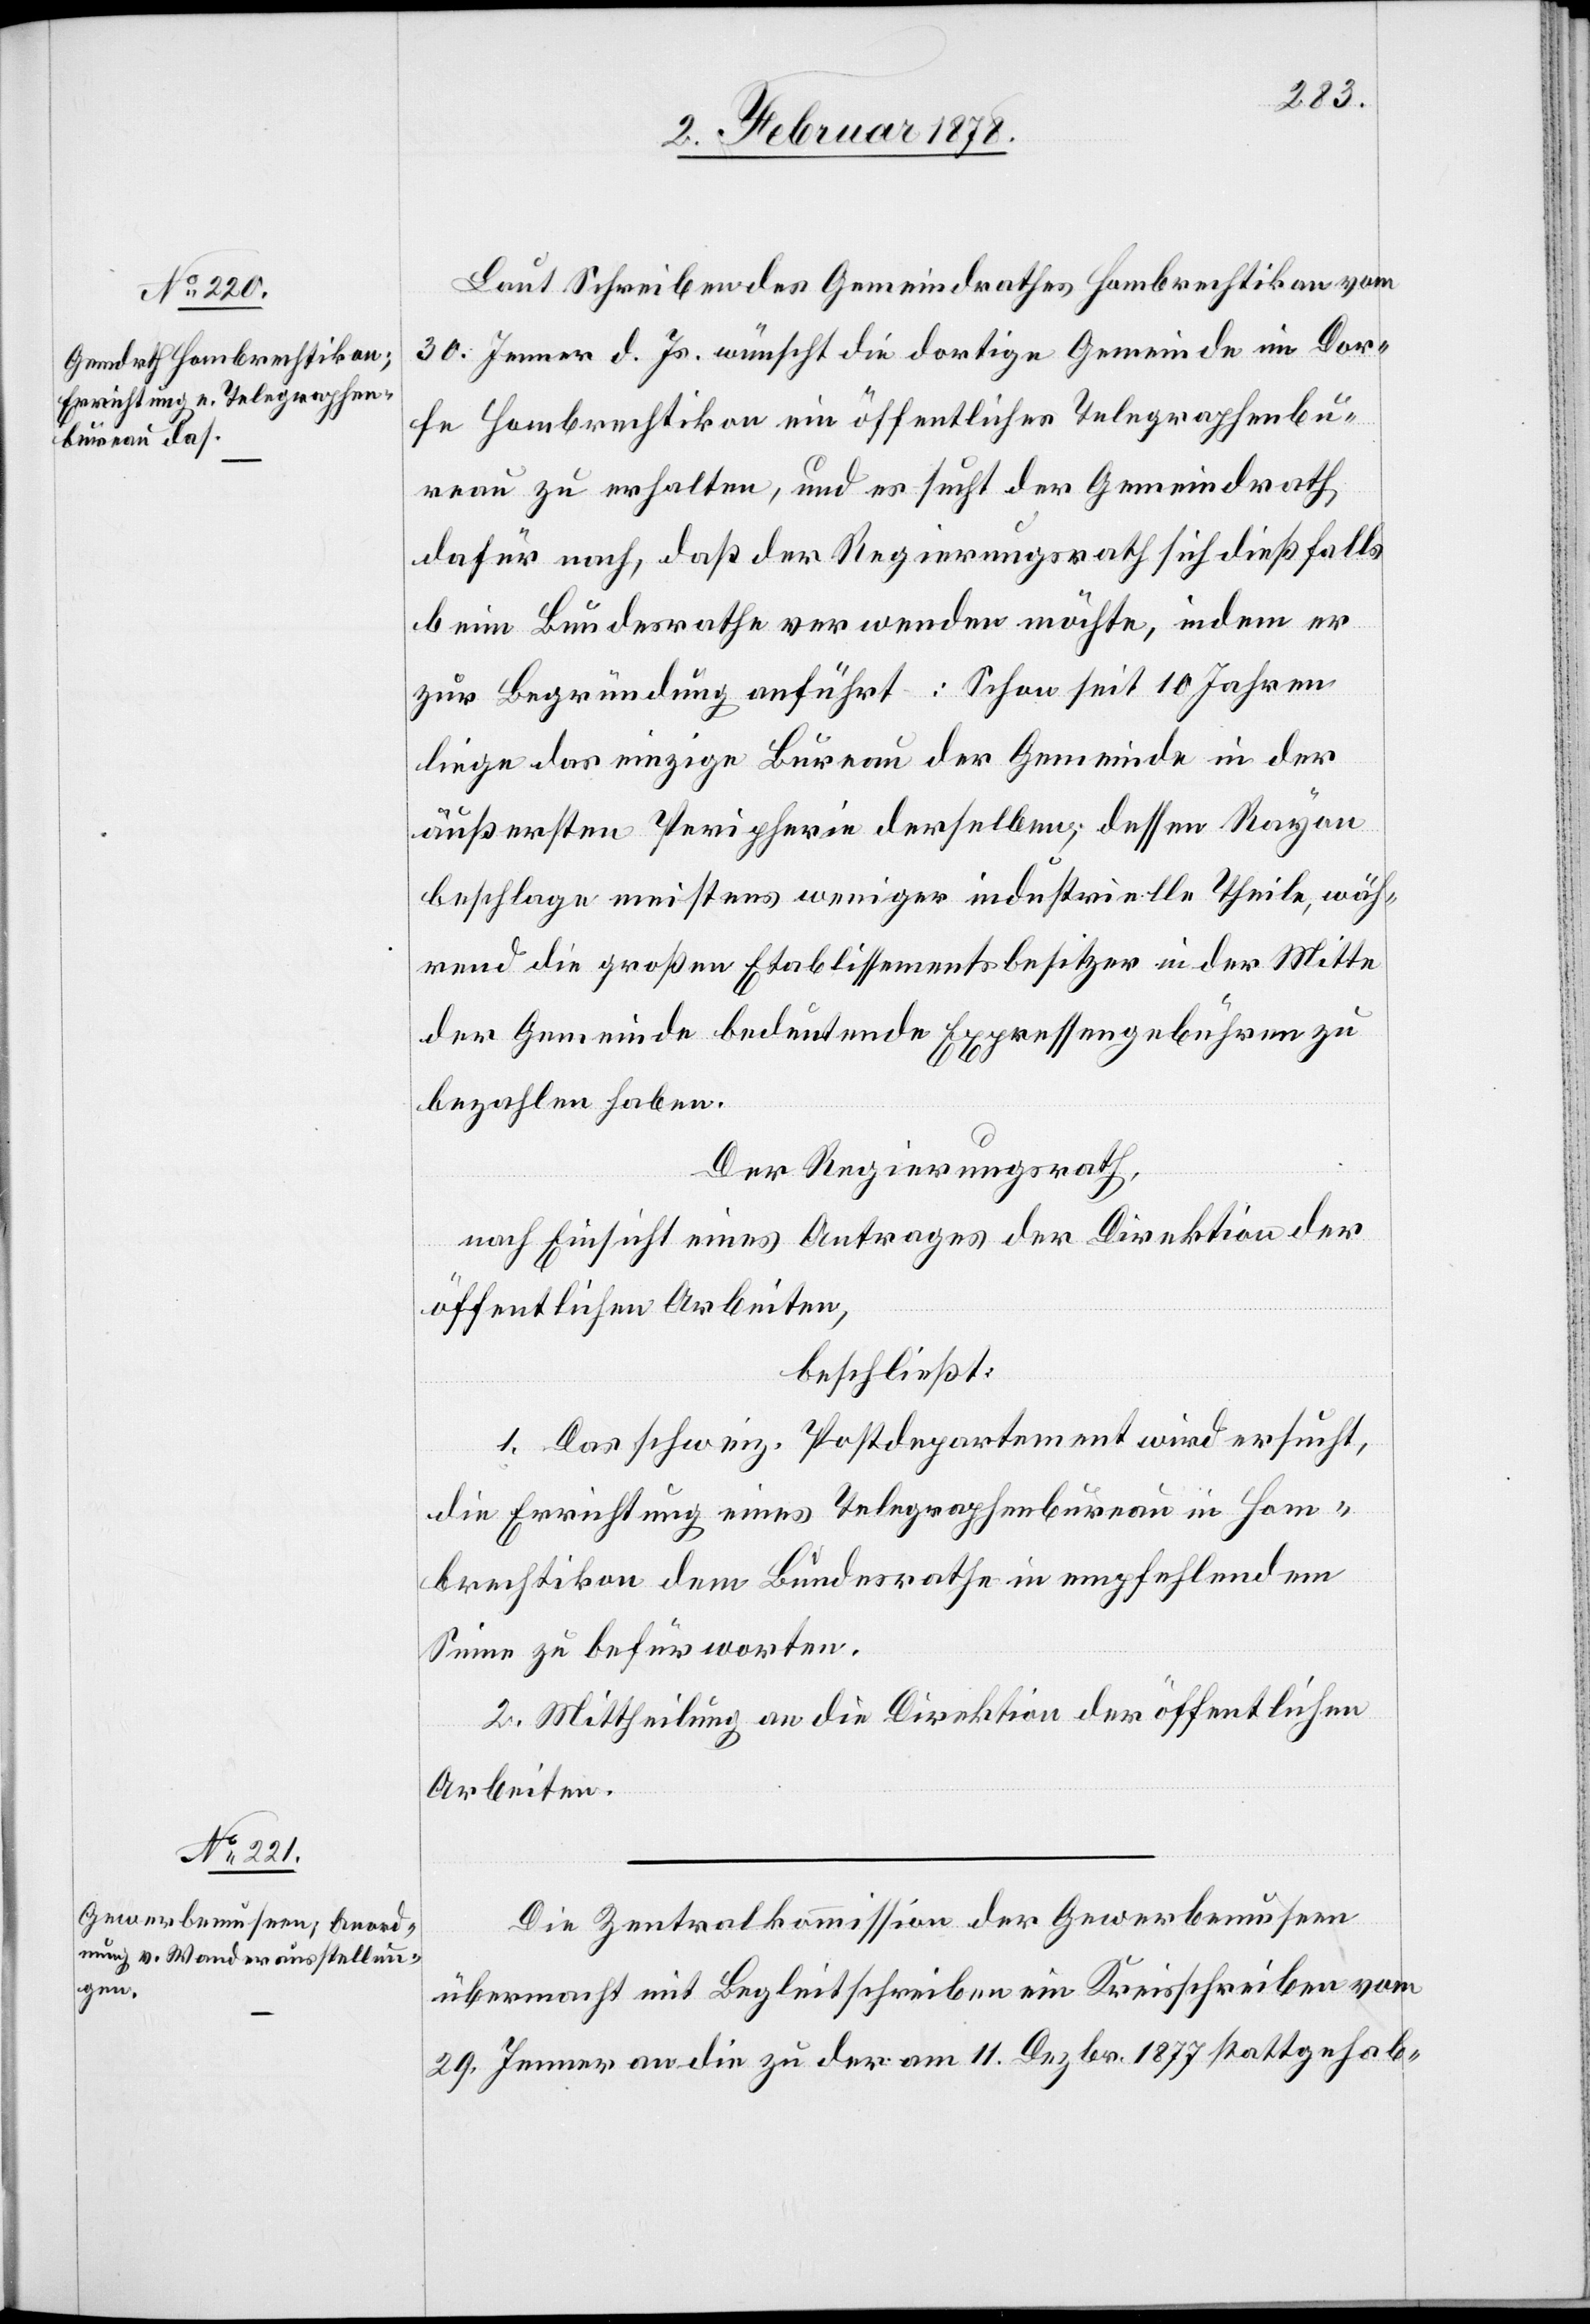
Laut Schreiben des Gemeindrathes Hombrechtikon vom
30. Jenner d. Js. wünscht die dortige Gemeinde im Dor¬
fe Hombrechtikon ein öffentliches Telegraphenbu¬
reau zu erhalten, und es sucht der Gemeindrath
dafür nach, daß der Regierungsrath sich dießfalls
beim Bundesrathe verwenden möchte, indem er
zur Begründung anführt: Schon seit 10 Jahren
liege das einzige Bureau der Gemeinde in der
äußersten Peripherie derselben; dessen Rayon
beschlage meistens weniger industrielle Theile, wäh¬
rend die großen Etablissementsbesitzer in der Mitte
der Gemeinde bedeutende Expressengebühren zu
bezahlen haben.
Der Regierungsrath,
nach Einsicht eines Antrages der Direktion der
öffentlichen Arbeiten,
beschließt:
1. Das schweiz. Postdepartement wird ersucht,
die Errichtung eines Telegraphenbureau in Hom¬
brechtikon dem Bundesrathe in empfehlendem
Sinne zu befürworten.
2. Mittheilung an die Direktion der öffentlichen
Arbeiten.
Die Zentralkommission der Gewerbemuseen
übermacht mit Begleitschreiben ein Kreisschreiben vom
29. Jenner an die zu der am 11. Dezbr. 1877 stattgehab-